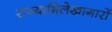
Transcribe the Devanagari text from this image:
राज्याभिलेखागारों